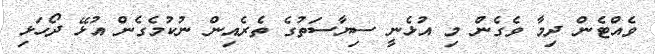
ވެއްޓެން ދިމާ ވެގެން މި އުޅެނީ ސިޔާސަތުގެ ތެރެއިން ނުކުމެގެން އުޅޭ ދޯހަޅި